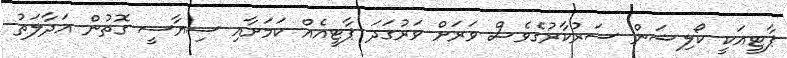
ޕާޓީއަކީ ކޯލިޝަން ސަރުކާރުގެވެސް ވަރަށް ވަރުގަދަ ޕާޓީއެއް ކަމަށާއި ސިޔާސީ ގޮތުން އަދާލަތު